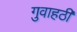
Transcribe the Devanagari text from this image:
गुवाहठी